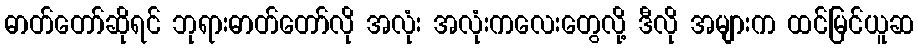
ဓာတ်တော်ဆိုရင် ဘုရားဓာတ်တော်လို အလုံး အလုံးကလေးတွေလို့ ဒီလို အများက ထင်မြင်ယူဆ